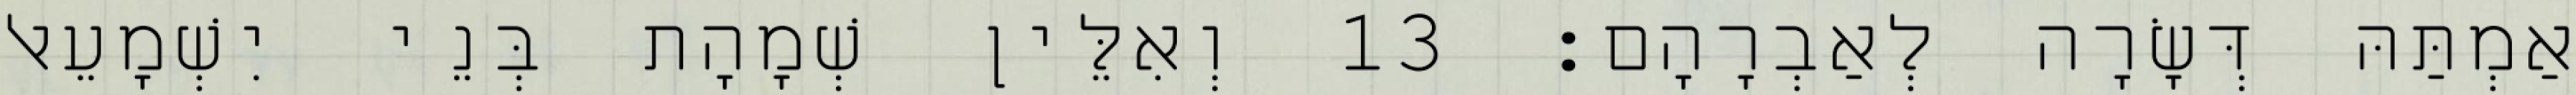
אַמְתַּהּ דְּשָׂרָה לְאַבְרָהָם׃ 13 וְאִלֵּין שְׁמָהָת בְּנֵי יִשְׁמָעֵאל